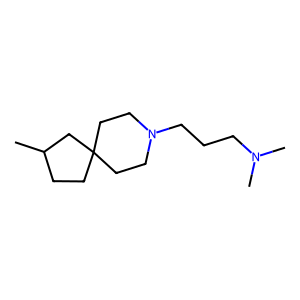
SMILES: CC1CCC2(CCN(CCCN(C)C)CC2)C1
Inhibits HIV replication: No